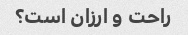
راحت و ارزان است؟